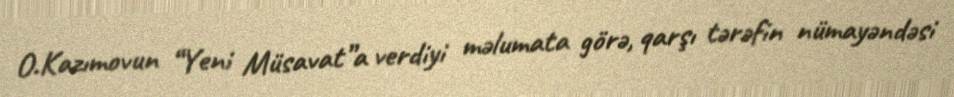
O.Kazımovun “Yeni Müsavat”a verdiyi məlumata görə, qarşı tərəfin nümayəndəsi